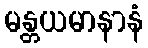
မန္တယမာနာနံ